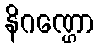
နိဂဏ္ဌော